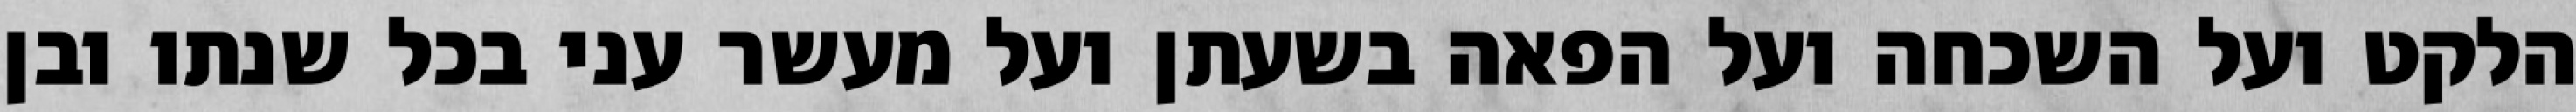
הלקט ועל השכחה ועל הפאה בשעתן ועל מעשר עני בכל שנתו ובן